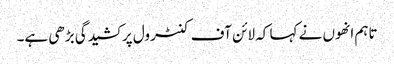
تاہم انھوں نے کہا کہ لائن آف کنٹرول پر کشیدگی بڑھی ہے۔